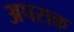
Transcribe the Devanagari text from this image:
अपराक